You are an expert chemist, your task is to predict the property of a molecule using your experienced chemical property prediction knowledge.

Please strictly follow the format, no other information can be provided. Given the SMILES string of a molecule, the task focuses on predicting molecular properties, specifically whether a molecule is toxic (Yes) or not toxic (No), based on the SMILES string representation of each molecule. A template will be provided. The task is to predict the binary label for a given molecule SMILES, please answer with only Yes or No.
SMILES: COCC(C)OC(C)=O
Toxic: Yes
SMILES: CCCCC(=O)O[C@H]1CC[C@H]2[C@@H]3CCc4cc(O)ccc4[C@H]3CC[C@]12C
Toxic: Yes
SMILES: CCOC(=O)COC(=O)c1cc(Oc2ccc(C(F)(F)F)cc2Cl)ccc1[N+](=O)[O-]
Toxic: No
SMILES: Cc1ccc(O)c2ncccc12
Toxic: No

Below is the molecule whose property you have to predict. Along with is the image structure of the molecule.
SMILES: CCCCCCC(C)Nc1ccc(Nc2ccccc2)cc1
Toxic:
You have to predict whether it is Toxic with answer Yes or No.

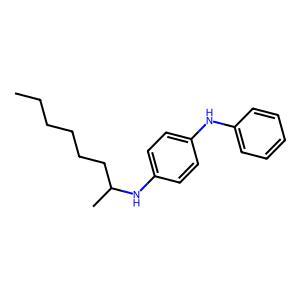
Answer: No